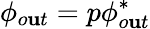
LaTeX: \phi_{o\mathbf{u}t}=p\phi_{o\mathbf{u}t}^{*}